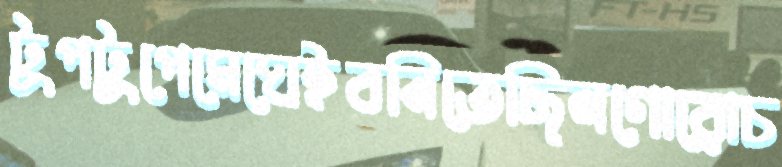
টুপটুপেমেঘেইবনিতেছিলগোরোচ